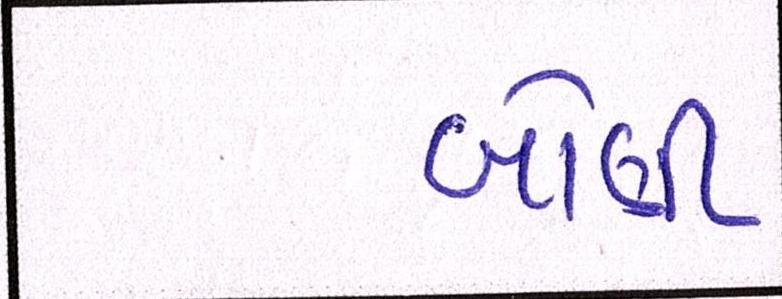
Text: બોણી